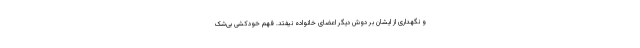
و نگهداری از ایشان بر دوش دیگر اعضای خانواده نیفتد. فهم خودکشی بی‌شک